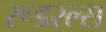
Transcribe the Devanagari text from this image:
रूडरल्स